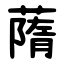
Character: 䔺